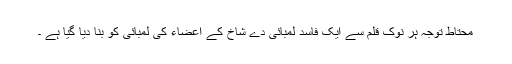
محتاط توجہ ہر نوک قلم سے ایک فاسد لمبائی دے شاخ کے اعضاء کی لمبائی کو بنا دیا گیا ہے ۔